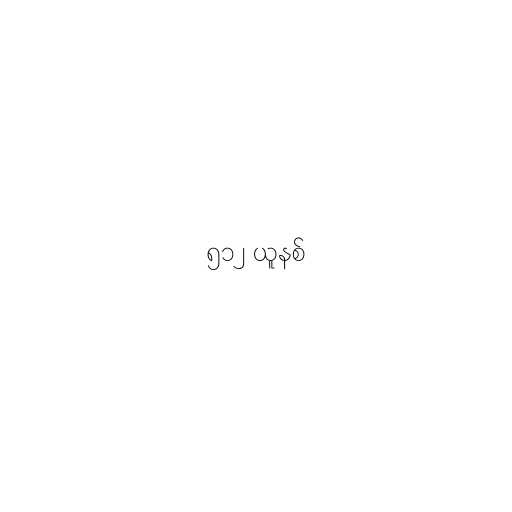
၅၁၂ ယူနစ်